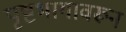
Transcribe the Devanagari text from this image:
पृष्टभागावरून